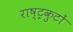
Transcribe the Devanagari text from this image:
राष्‍ट्रकुटों